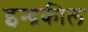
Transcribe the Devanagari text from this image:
इन्द्रकील